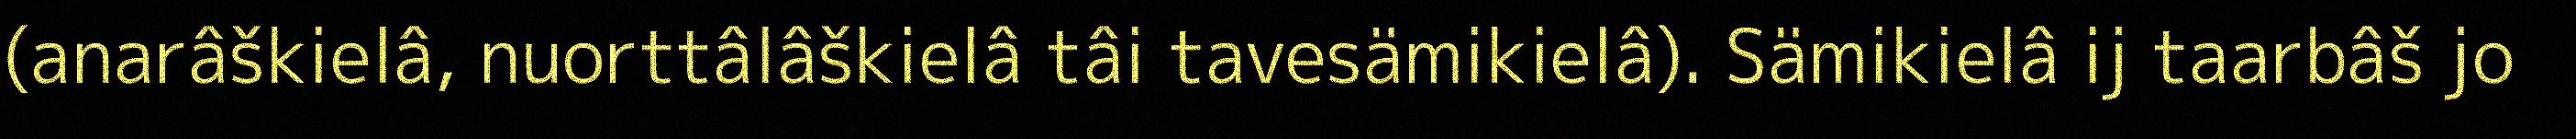
(anarâškielâ, nuorttâlâškielâ tâi tavesämikielâ). Sämikielâ ij taarbâš jo